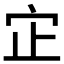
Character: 𫲺